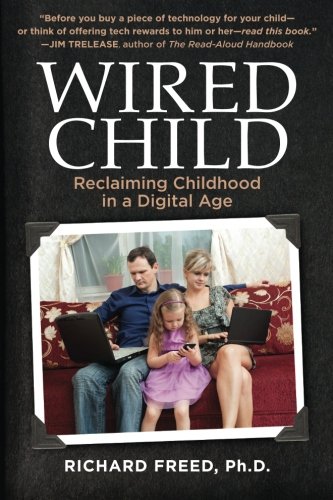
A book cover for Wired Child: Reclaiming Childhood in a Digital Age; Richard Freed Ph.D.; Parenting & Relationships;